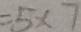
= 5 \times 7